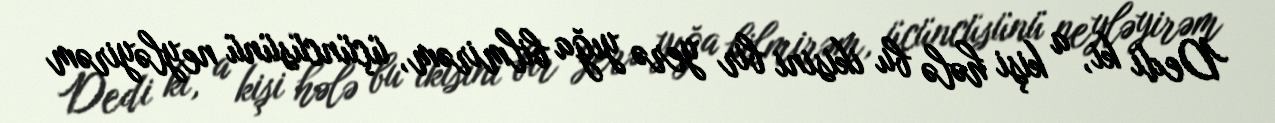
Dedi ki, a kişi hələ bu ikisini bir yerə yığa bilmirəm, üçüncüsünü neyləyirəm